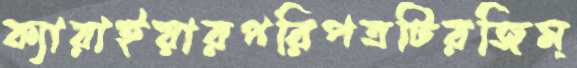
ক্যারাইয়ারপরিপত্রটিরজিম্